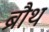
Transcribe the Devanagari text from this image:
ब्रौथ